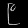
Digit: ၉